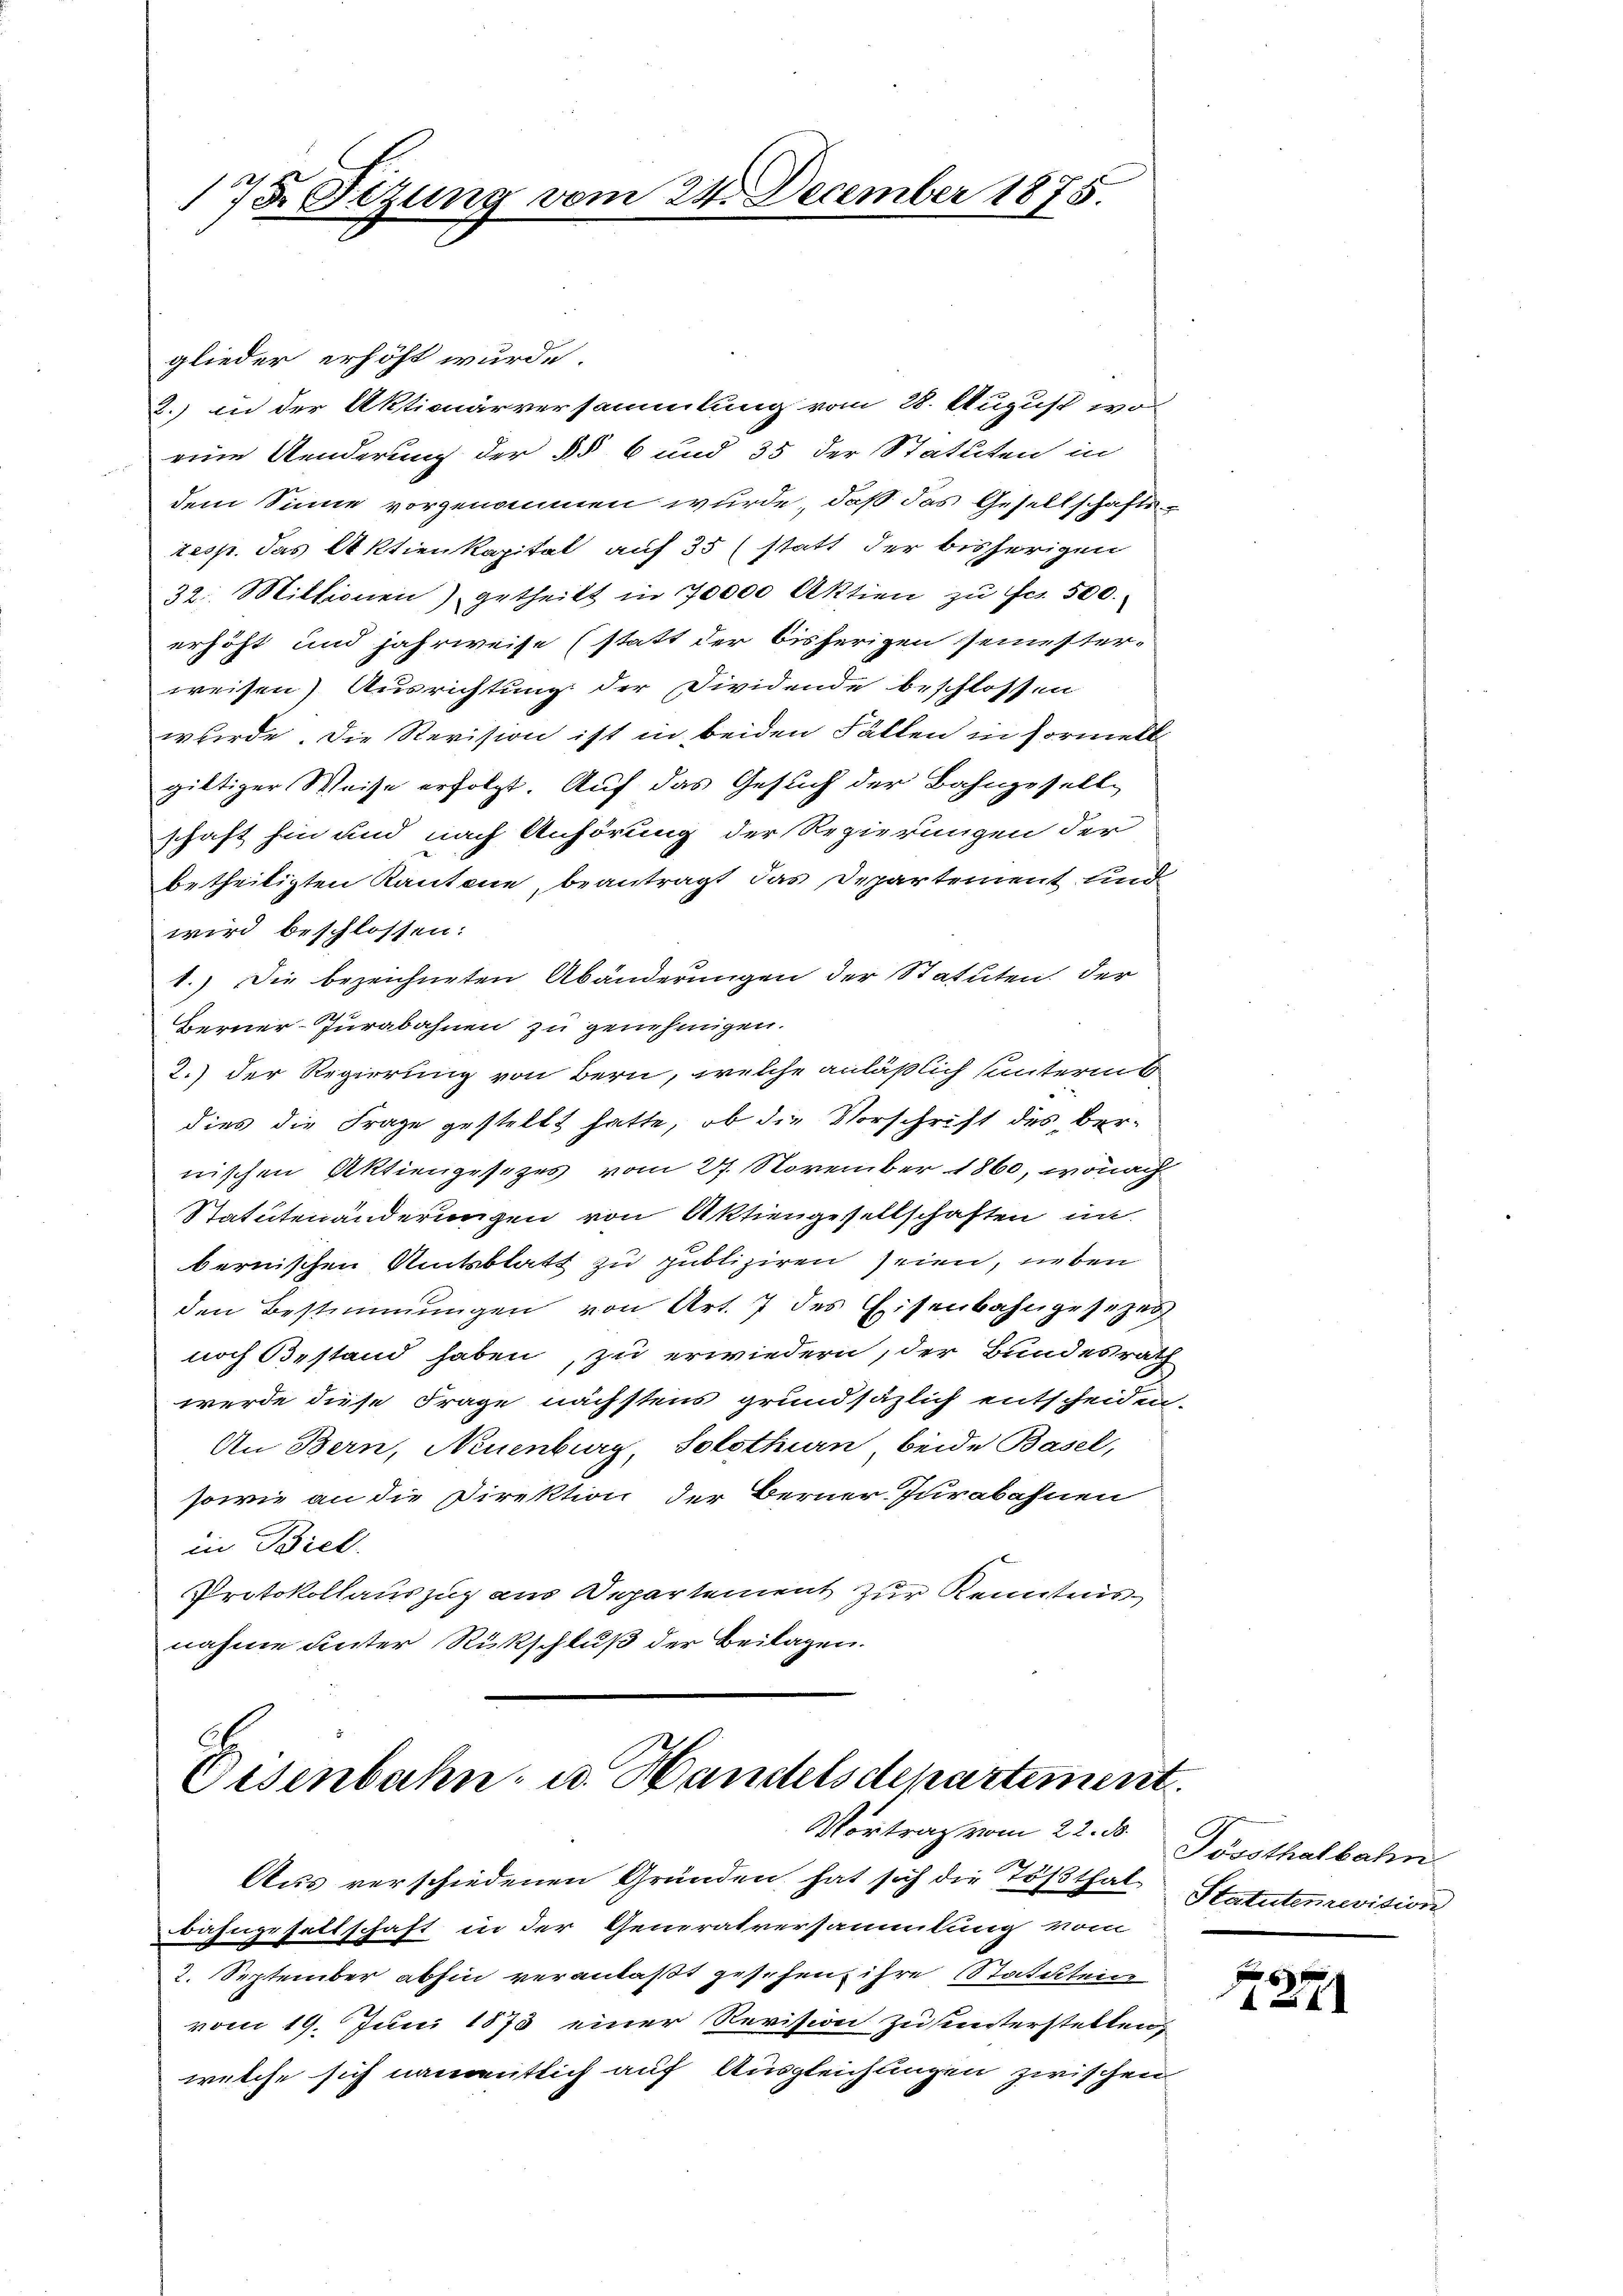
glieder erhöht wurde.
2.) In der Aktionärversammlung vom 28. August wor
eine Aenderung der §§ 6 und 35 der Statuten in
dem Sinne vorgenommen wurde, daß das Gesellschafts-
resp. das Aktienkapital auf 35 (statt der bisherigen
32. Mittionen) getheilt in 70000 Aktien zu Fr. 500.
erhöht und jahrweise (statt der bisherigen seinester-
weisen) Ausrichtung der Dividende beschlossen
wurde. Die Revision ist in beiden Fällen in Formell-
giltiger Weise erfolgt. Auf das Gesuch der Bahngesellschaft hin und nach Anhörung der Regierungen der
betheiligten Kantone, beantragt das Departement und
wird beschlossen:
1.) Die bezeichneten Abänderungen der Statuten, der
Berner-Jurabahnen zu genehmigen.
2.) Der Regierung von Bern, welche anläßlich unterm
dies die Frage gestellt hatte, ob die Vorschrift des bernischen Aktiengesezes vom 27. November 1860, wonach
Statutenänderungen von Aktiengesellschaften in
bernischen Amtsblatt zu publiziren seien, neben
den Bestimmungen von Art. 7 des Eisenbahngesezes
noch Bestand haben, zu erwiedern, der Bundesrath
werde diese Frage nächstens grundsäzlich entscheiden,
An Bern, Neuenburg, Solothurn beide Basel,
sowie an die Direktion der Berner Jurabahnen
in Biel.
Protokollauszug aus Departement zur Kenntnisnahme unter Rückschluß der Beilagen.

173 Sizung vom 24. December 1875.

Oisenbahn u. Handelsdepartement
Vortrag vom 22. ds.

Aus verschiedenen Gründen, hat sich die Tößthal-
bahngesellschaft in der Generatversammlung vom
2. September abhin veranlaßt gesehen, ihre Statuten
vom 19. Juni 1875 einer Revision zu hinterstellen,
welche sich namentlich auf Ausgleichungen zwischen

Tössthalbahn
Statutenrevision

p
1271